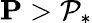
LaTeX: \mathbf{P}>\mathcal{P}_{*}